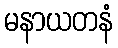
မနာယတနံ